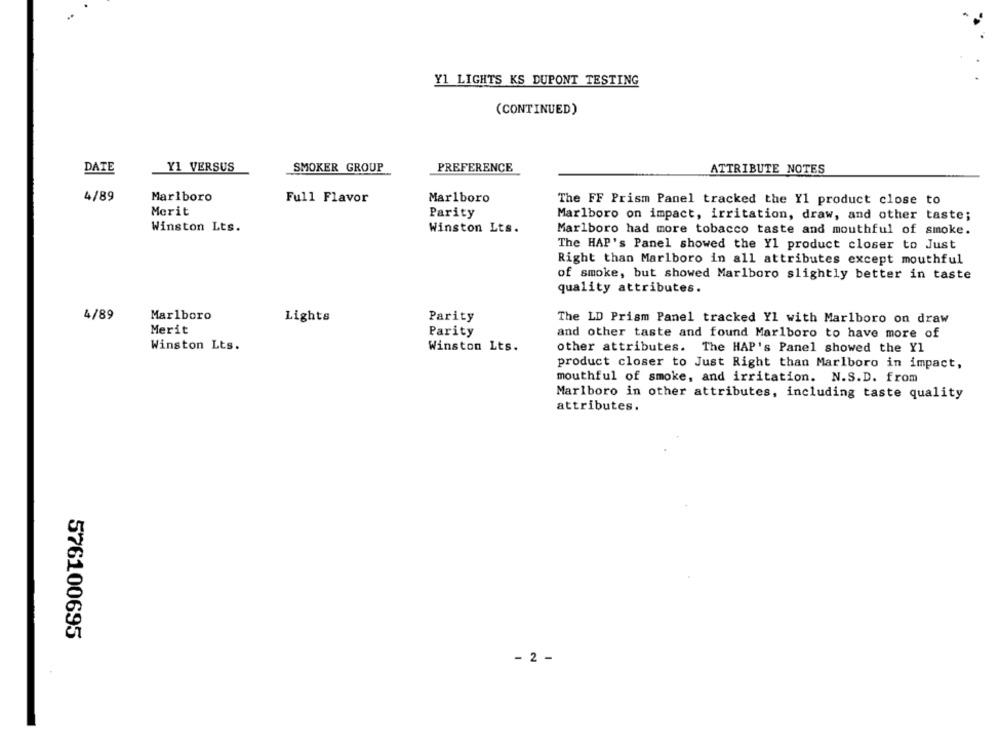
Y1 LIGHTS KS DUPONT TESTING
(CONTINUED)
DATE
Y1 VERSUS
SMOKER GROUP
PREFERENCE
ATTRIBUTE NOTES
4/89
Marlboro
Full Flavor
Marlboro
The FF Prism Panel tracked the Yl product close to
Merit
Parity
Marlboro on impact, irritation, draw, and other taste;
Winston Lts.
Winston Lts.
Marlboro had more tobacco taste and mouthful of smoke.
The HAP's Panel showed the Yl product closer to Just
Right than Marlboro in all attributes except mouthful
of smoke, but showed Marlboro slightly better in taste
quality attributes.
4/89
Marlboro
Lights
Parity
The LD Prism Panel tracked Yl with Marlboro on draw
Merit
Parity
and other taste and found Marlboro to have more of
Winston Lts.
Winston Lts.
other attributes. The HAP's Panel showed the Yl
product closer to Just Right than Marlboro in impact,
mouthful of smoke, and irritation. N.S.D. from
Marlboro in other attributes, including taste quality
attributes.
576100695
- 2 -